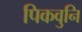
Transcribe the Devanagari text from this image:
पिकवुनि